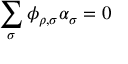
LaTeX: \sum _ { \sigma } \phi _ { \rho , \sigma } \alpha _ { \sigma } = 0